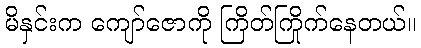
မိနှင်းက ကျော်ဇောကို ကြိတ်ကြိုက်နေတယ်။